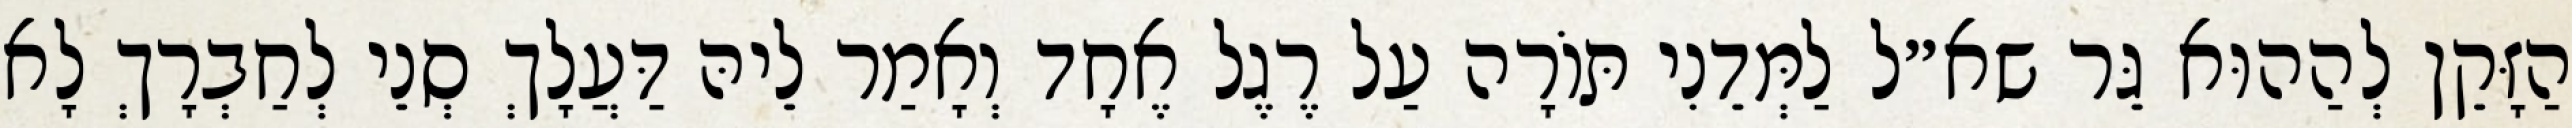
הַזָּקֵן לְהַהוּא גֵּר שא״ל לַמְּדֵנִי תּוֹרָה עַל רֶגֶל אֶחָד וְאָמַר לֵיהּ דַּעֲלָךְ סְנֵי לְחַבְרָךְ לָא